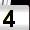
Digit: 4